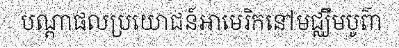
បណ្តាផលប្រយោជន៍អាមេរិកនៅមជ្ឈឹមបូព៌ា